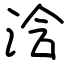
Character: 浛